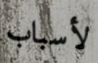
لأسباب